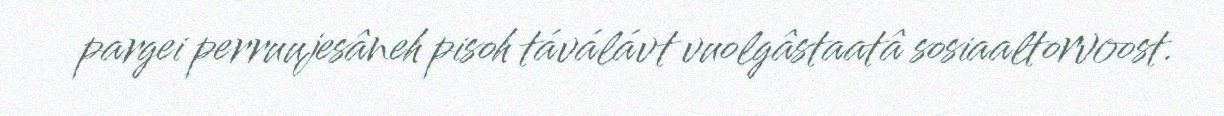
pargei perruujesâneh pisoh táválávt vuolgâstaatâ sosiaaltorvoost.